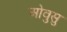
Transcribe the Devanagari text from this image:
ओवुसु